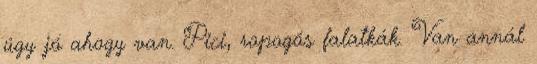
úgy jó ahogy van. Pici, ropogós falatkák. Van annál